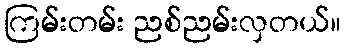
ကြမ်းတမ်း ညစ်ညမ်းလှတယ်။